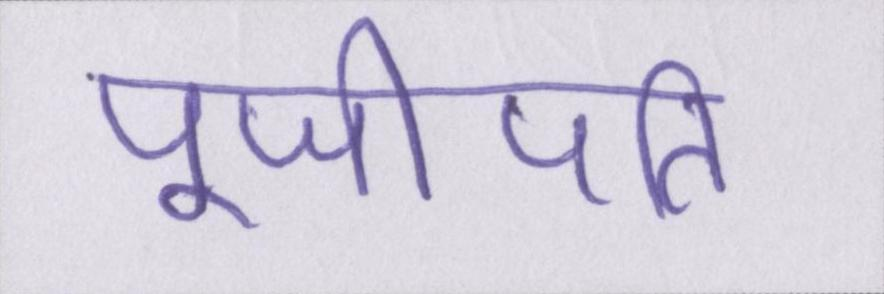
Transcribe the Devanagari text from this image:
पूजीपति